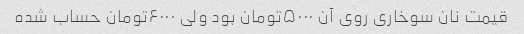
قیمت نان سوخاری روی آن ۵۰۰۰تومان بود ولی ۶۰۰۰تومان حساب شده